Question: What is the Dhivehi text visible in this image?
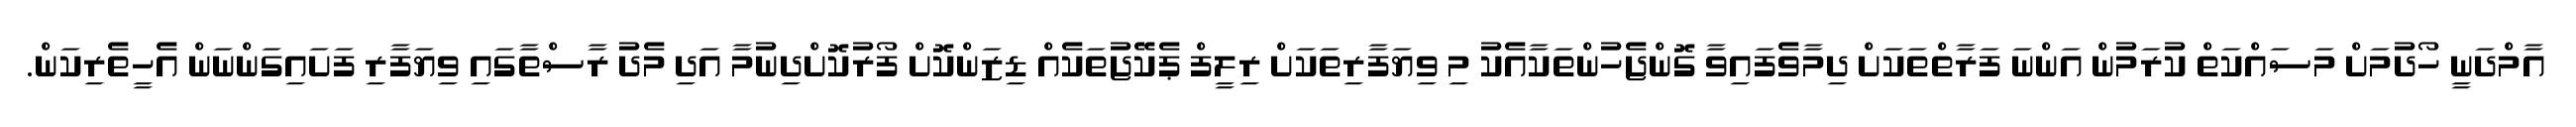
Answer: އާމްދަނީ ހޯދުމަށް މަސައްކަތް ކުރަމުން އަންނަ ފަރާތްތަކަށް ދިމާވެފައިވާ ގޮންޖެހުންތަކާއެކު މި ވިޔަފާރިތަކަށް ރިލީފް ޕެކޭޖުތަކެއް ޑިޒަންކޮށް ފޯރުކޮށްދިނުމާ އަދި މެދު ރާސްތާގައި ވިޔަފާރި ފަށައިގަންނަން އެހީތެރިކަން.